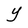
Character: Y